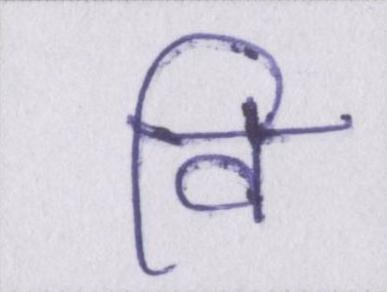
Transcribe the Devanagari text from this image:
वि